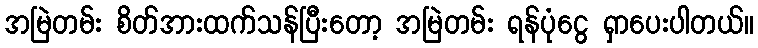
အမြဲတမ်း စိတ်အားထက်သန်ပြီးတော့ အမြဲတမ်း ရန်ပုံငွေ ရှာပေးပါတယ်။